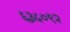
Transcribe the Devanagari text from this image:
६३५०९२